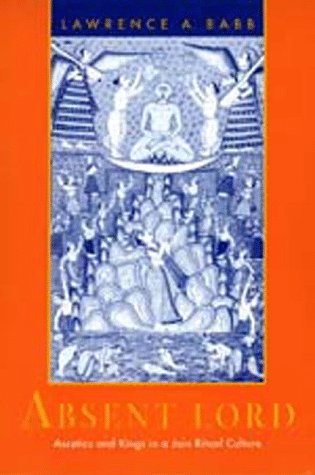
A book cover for Absent Lord: Ascetics and Kings in a Jain Ritual Culture (Comparative Studies in Religion and Society); Lawrence A. Babb; Religion & Spirituality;